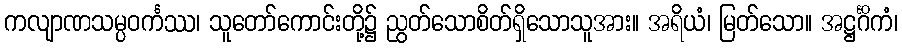
ကလျာဏသမ္ပဝင်္ကဿ၊ သူတော်ကောင်းတို့၌ ညွတ်သောစိတ်ရှိသောသူအား။ အရိယံ၊ မြတ်သော။ အဋ္ဌင်္ဂိကံ၊